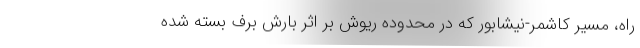
راه، مسیر کاشمر-نیشابور که در محدوده ریوش بر اثر بارش برف بسته شده